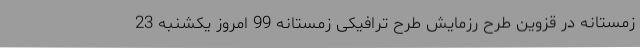
زمستانه در قزوین طرح رزمایش طرح ترافیکی زمستانه 99 امروز یکشنبه 23